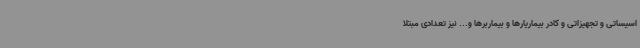
اسیساتی و تجهیزاتی و کادر بیماریارها و بیماربرها و... نیز تعدادی مبتلا